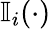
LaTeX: \mathbb{I}_{i}(\cdot)